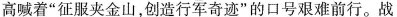
高喊着”征服夹金山，创造行军奇迹”的口号艰难前行。战